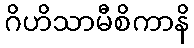
ဂိဟိသာမီစိကာနိ